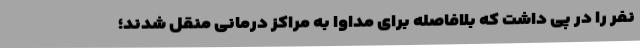
نفر را در پی داشت که بلافاصله برای مداوا به مراکز درمانی منقل شدند؛